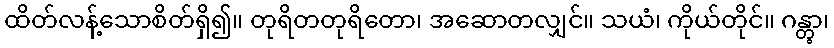
ထိတ်လန့်သောစိတ်ရှိ၍။ တုရိတတုရိတော၊ အဆောတလျှင်။ သယံ၊ ကိုယ်တိုင်။ ဂန္တွာ၊